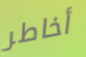
أخاطر